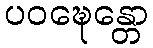
ပဝဍ္ဎေန္တော